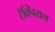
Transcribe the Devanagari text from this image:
टॅक्नियन